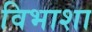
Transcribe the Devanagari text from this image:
विभाशा